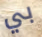
بي